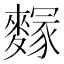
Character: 䴿